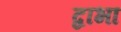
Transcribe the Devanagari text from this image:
द्वाभा